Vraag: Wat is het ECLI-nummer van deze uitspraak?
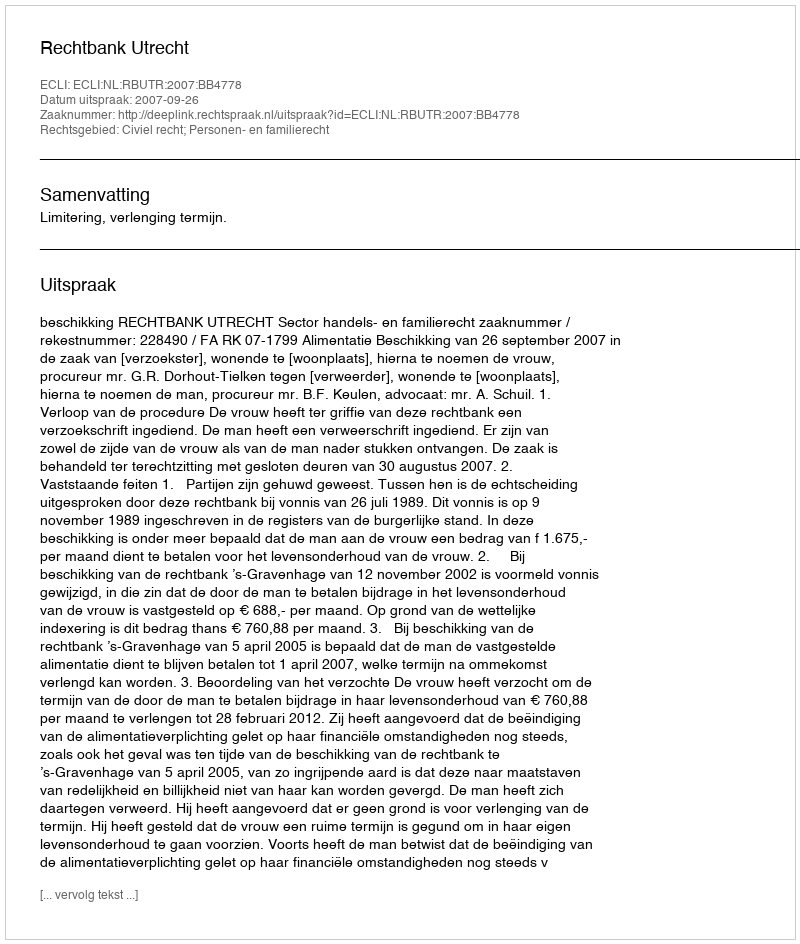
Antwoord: ECLI:NL:RBUTR:2007:BB4778